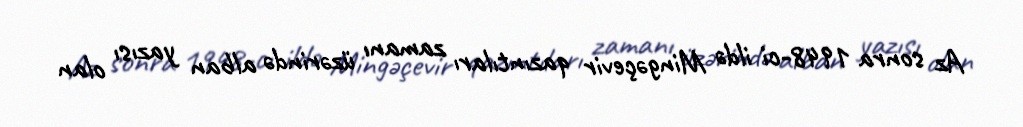
Az sonra 1948-ci ildə Mingəçevir qazıntıları zamanı üzərində alban yazısı olan